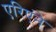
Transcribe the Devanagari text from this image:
एरिएंने